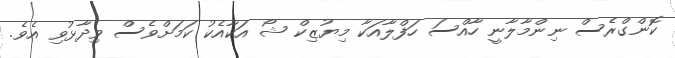
ކޮންގްރެސް ނިންމާލާނީ ހާއްސަ ހަފްލާއަކާ މިޔުޒިކް ޝޯ އަކާއެކު ކަމަށްވެސް ވިދާޅުވި އެވެ.